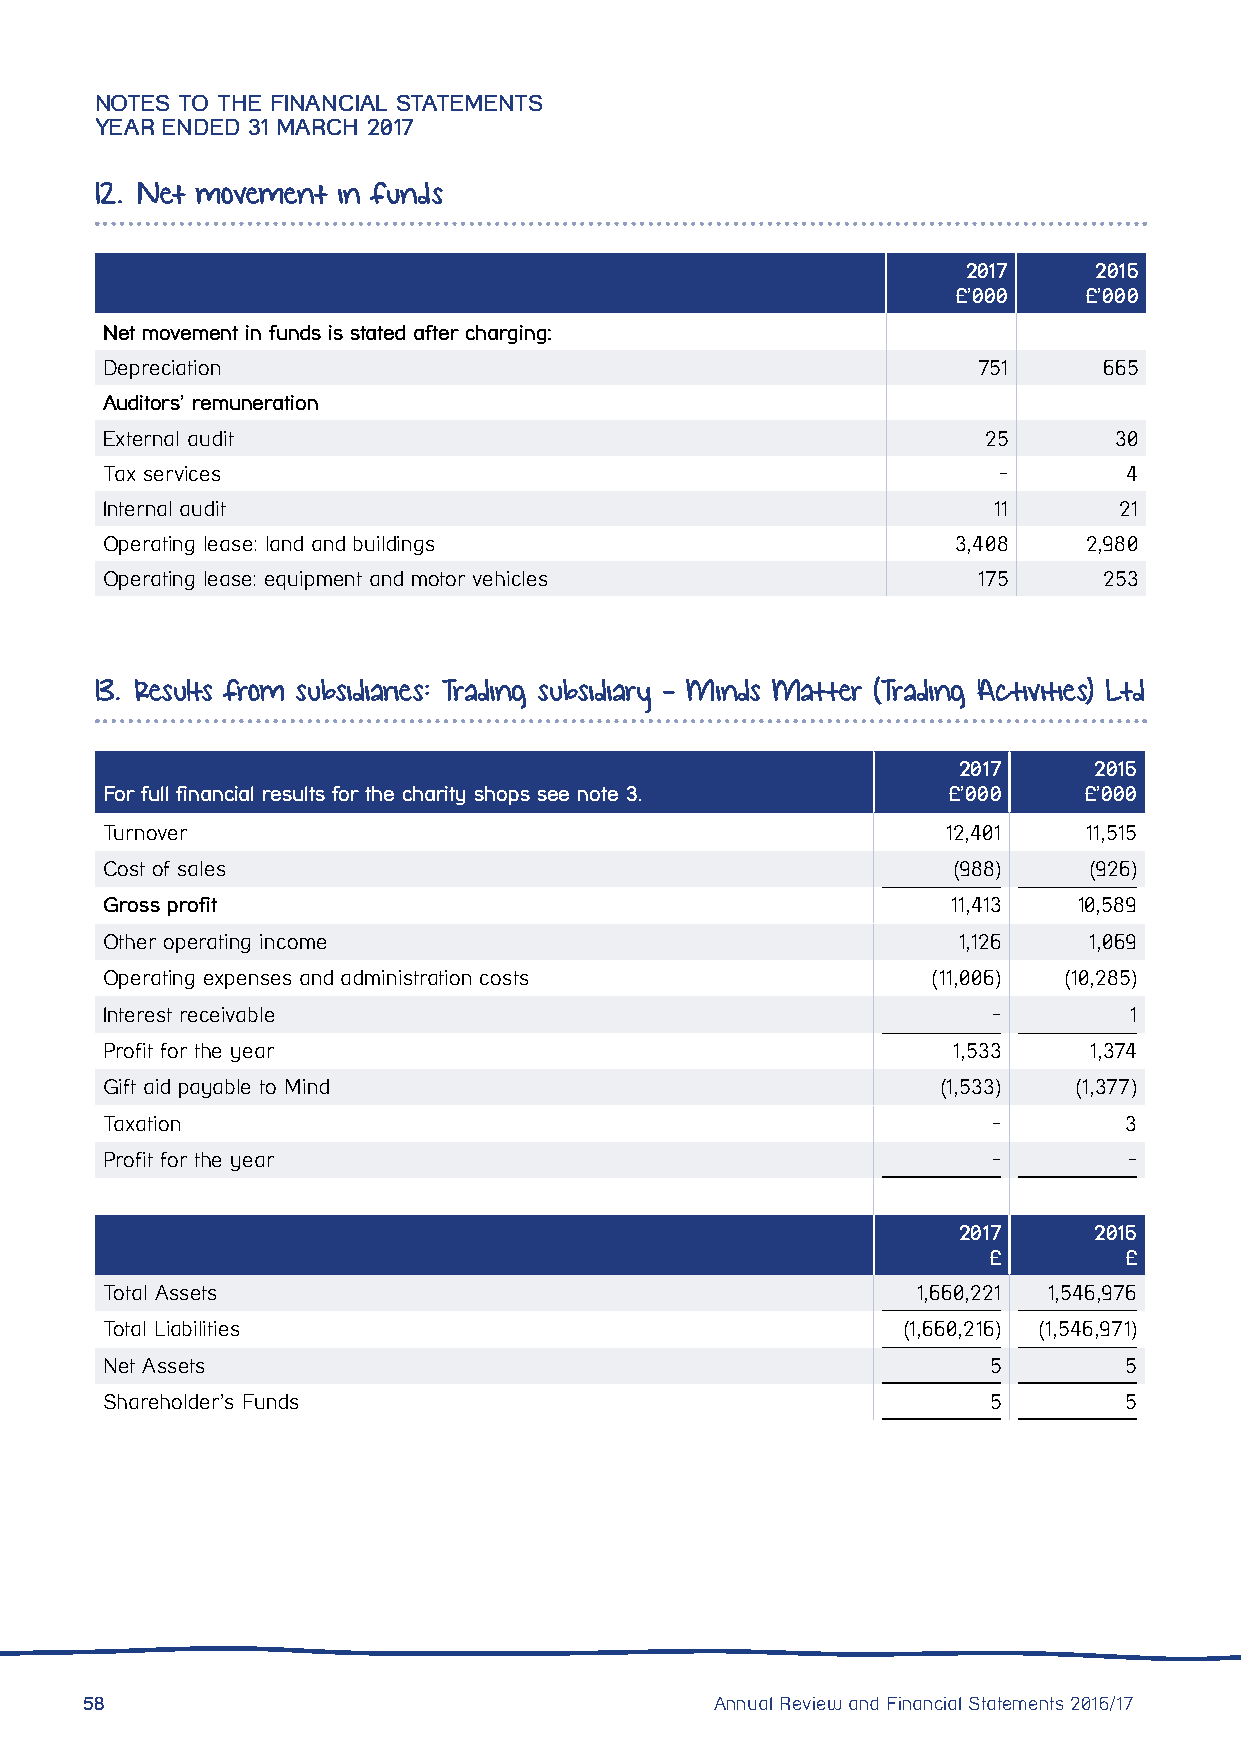
NOTES TO THE FINANCIAL STATEMENTS
 YEAR ENDED 31 MARCH 2017
 12. Net movement in funds
 2017    2016
 £’000    £’000
 Net movement in funds is stated after charging:
 Depreciation                                              751     665
 Auditors’ remuneration
 External audit                                            25       30
 Tax services                                               -        4
 Internal audit                                             11      21
 Operating lease: land and buildings                     3,408    2,980
 Operating lease: equipment and motor vehicles             175     253
 13. Results from subsidiaries: Trading subsidiary - Minds Matter (Trading Activities) Ltd
 2017     2016
 For full financial results for the charity shops see note 3. £’000 £’000
 Turnover                                                12,401   11,515
 Cost of sales                                           (988)    (926)
 Gross profit                                            11,413  10,589
 Other operating income                                  1,126    1,069
 Operating expenses and administration costs            (11,006) (10,285)
 Interest receivable                                        -        1
 Profit for the year                                     1,533    1,374
 Gift aid payable to Mind                               (1,533)  (1,377)
 Taxation                                                   -       3
 Profit for the year                                        -        -
 2017     2016
 £       £
 Total Assets                                          1,660,221 1,546,976
 Total Liabilities                                    (1,660,216) (1,546,971)
 Net Assets                                                5        5
 Shareholder’s Funds                                       5        5
 58                                        Annual Review and Financial Statements 2016/17